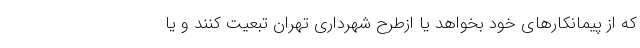
که از پیمانکارهای خود بخواهد یا ازطرح شهرداری تهران تبعیت کنند و یا